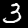
Digit: 3